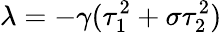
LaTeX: \lambda=-\gamma(\tau_{1}^{2}+\sigma\tau_{2}^{2})